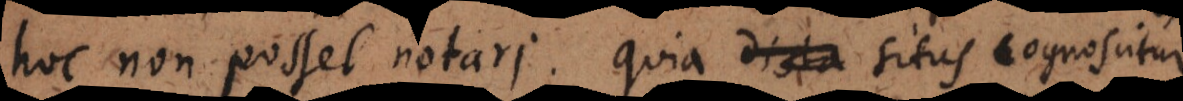
hoc non posset notari, quia dista situs cognoscitur